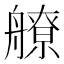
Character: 𦪕